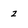
Character: z